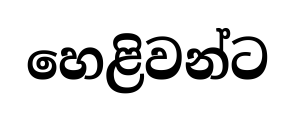
හෙළිවන්ට